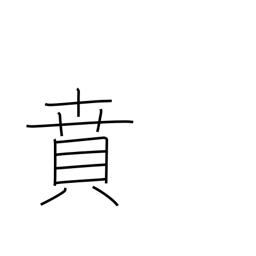
Meaning: decorate